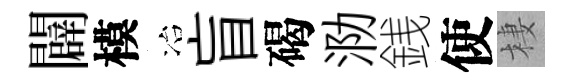
闢模冶盲碣泐銭使棲